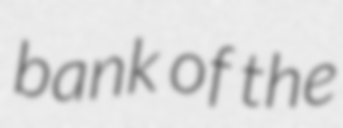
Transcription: bank of the